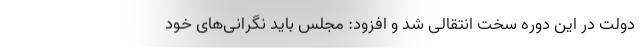
دولت در این دوره سخت انتقالی شد و افزود: مجلس باید نگرانی‌های خود